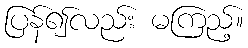
ပြန်၍လည်း မကြည့်။